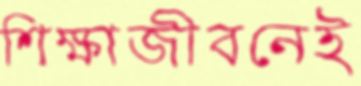
শিক্ষাজীবনেই